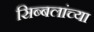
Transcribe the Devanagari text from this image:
सिब्बलांच्या